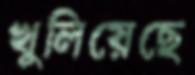
খুলিয়েছে